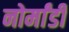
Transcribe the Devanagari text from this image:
नोर्मांडी